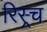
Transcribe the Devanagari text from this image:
रिस्र्च